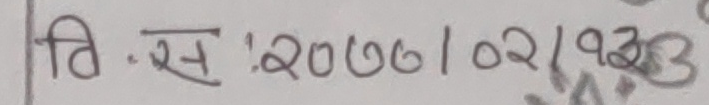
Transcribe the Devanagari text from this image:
वि.स: 2006|02/93